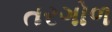
તરગોળ